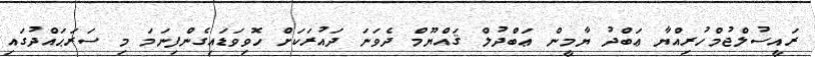
ރައީސުލްޖުމްހުރިއްޔާ ޢަބްދު ޔާމީން ޢަބްދުލް ޤައްޔޫމް ދެވަނަ ދައުރަކަށް ހޮވިވަޑައިގެންފިނަމަ މި ސަރަޙައްދުގައި